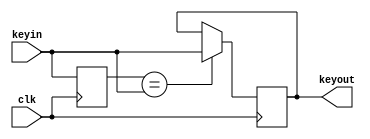
// Debounce a key on its posedge and negedge.
module debouncer(clk, keyin, keyout);
	input      clk, keyin;
	output reg keyout;
	reg        keyp;

	always @(posedge clk) begin // Check on every clk posedge (10ms).
		if (keyp == keyin) // Propagate value when last value and current value is consistent.
			keyout <= keyin;
		keyp <= keyin;
	end
endmodule